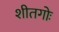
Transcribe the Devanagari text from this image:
शीतगोः